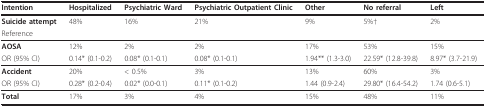
<table><thead><tr><td><b>Intention</b></td><td><b>Hospitalized</b></td><td><b>Psychiatric Ward</b></td><td><b>Psychiatric Outpatient Clinic</b></td><td><b>Other</b></td><td><b>No referral</b></td><td><b>Left</b></td></tr></thead><tbody><tr><td><b>Suicide attempt</b></td><td>48%</td><td>16%</td><td>21%</td><td>9%</td><td>5%†</td><td>2%</td></tr><tr><td>Reference</td><td></td><td></td><td></td><td></td><td></td><td></td></tr><tr><td><b>AOSA</b></td><td>12%</td><td>2%</td><td>2%</td><td>17%</td><td>53%</td><td>15%</td></tr><tr><td>OR (95% CI)</td><td>0.14* (0.1-0.2)</td><td>0.08* (0.1-0.1)</td><td>0.08* (0.1-0.1)</td><td>1.94** (1.3-3.0)</td><td>22.59* (12.8-39.8)</td><td>8.97* (3.7-21.9)</td></tr><tr><td><b>Accident</b></td><td>20%</td><td>&lt; 0.5%</td><td>3%</td><td>13%</td><td>60%</td><td>3%</td></tr><tr><td>OR (95% CI)</td><td>0.28* (0.2-0.4)</td><td>0.02* (0.0-0.1)</td><td>0.11* (0.1-0.2)</td><td>1.44 (0.9-2.4)</td><td>29.80* (16.4-54.2)</td><td>1.74 (0.6-5.1)</td></tr><tr><td><b>Total</b></td><td>17%</td><td>3%</td><td>4%</td><td>15%</td><td>48%</td><td>11%</td></tr></tbody></table>